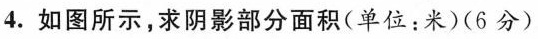
4.如图所示，求阴影部分面积(单位：米)(6分)